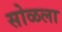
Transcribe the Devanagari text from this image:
सोळला